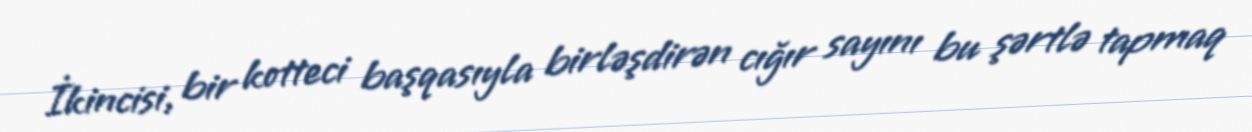
İkincisi, bir kotteci başqasıyla birləşdirən cığır sayını bu şərtlə tapmaq